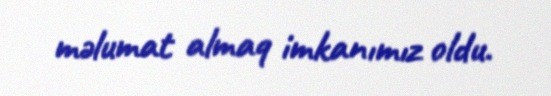
məlumat almaq imkanımız oldu.